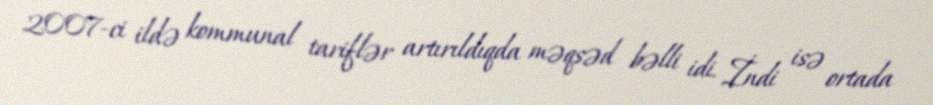
2007-ci ildə kommunal tariflər artırıldıqda məqsəd bəlli idi. İndi isə ortada